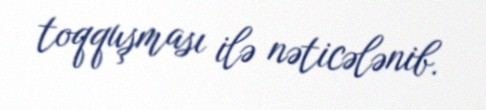
toqquşması ilə nəticələnib.